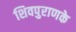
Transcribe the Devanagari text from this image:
शिवपुराणके